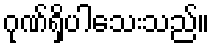
ဂုဏ်ရှိပါသေးသည်။